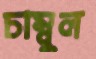
চাম্বুল